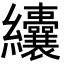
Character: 𦈃